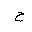
Letter: _ha